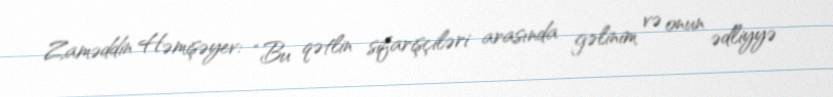
Zaməddin Həmişəyev: “Bu qətlin sifarişçiləri arasında gəlinim və onun ədliyyə